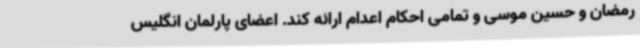
رمضان و حسین موسی و تمامی احکام اعدام ارائه کند. اعضای پارلمان انگلیس